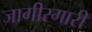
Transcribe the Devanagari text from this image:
जागीरगारी